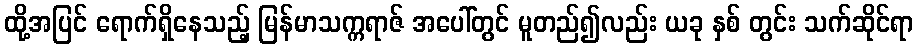
ထို့အပြင် ရောက်ရှိနေသည့် မြန်မာသက္ကရာဇ် အပေါ်တွင် မူတည်၍လည်း ယခု နှစ် တွင်း သက်ဆိုင်ရာ